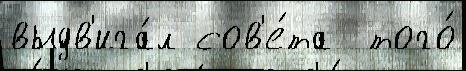
выдв'ига́л сов'е́та  того́